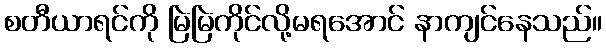
စတီယာရင်ကို မြဲမြဲကိုင်လို့မရအောင် နာကျင်နေသည်။